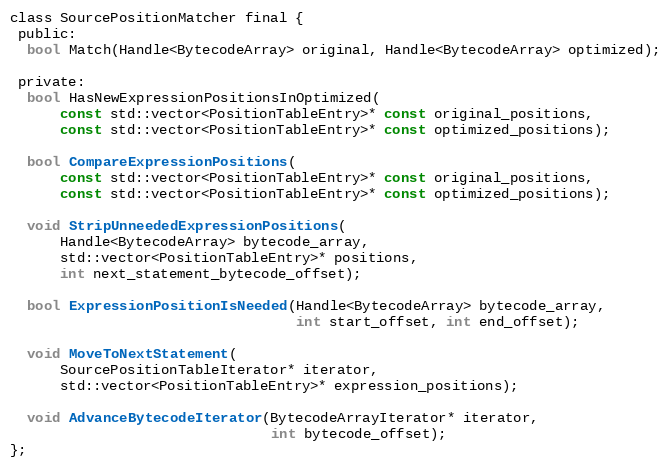
Language: C
class SourcePositionMatcher final {
 public:
  bool Match(Handle<BytecodeArray> original, Handle<BytecodeArray> optimized);

 private:
  bool HasNewExpressionPositionsInOptimized(
      const std::vector<PositionTableEntry>* const original_positions,
      const std::vector<PositionTableEntry>* const optimized_positions);

  bool CompareExpressionPositions(
      const std::vector<PositionTableEntry>* const original_positions,
      const std::vector<PositionTableEntry>* const optimized_positions);

  void StripUnneededExpressionPositions(
      Handle<BytecodeArray> bytecode_array,
      std::vector<PositionTableEntry>* positions,
      int next_statement_bytecode_offset);

  bool ExpressionPositionIsNeeded(Handle<BytecodeArray> bytecode_array,
                                  int start_offset, int end_offset);

  void MoveToNextStatement(
      SourcePositionTableIterator* iterator,
      std::vector<PositionTableEntry>* expression_positions);

  void AdvanceBytecodeIterator(BytecodeArrayIterator* iterator,
                               int bytecode_offset);
};